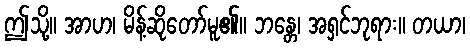
ဤသို့။ အာဟ၊ မိန့်ဆိုတော်မူ၏။ ဘန္တေ၊ အရှင်ဘုရား။ တယာ၊